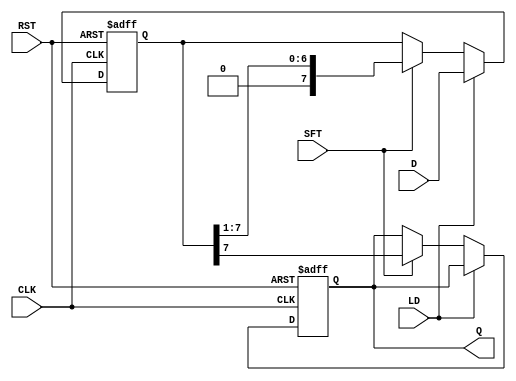
module PISO_Register #(
    parameter N = 8  // Number of bits in the register
)(
    input wire [N-1:0] D,   // Parallel input data
    input wire LD,          // Load signal
    input wire SFT,         // Shift signal
    input wire CLK,         // Clock signal
    input wire RST,         // Asynchronous reset signal
    output reg Q           // Serial output
);

    reg [N-1:0] shift_reg;  // Shift register to hold the data

    always @(posedge CLK or posedge RST) begin
        if (RST) begin
            // Asynchronous reset
            shift_reg <= {N{1'b0}}; // Clear the register
            Q <= 1'b0;              // Clear the output
        end else begin
            if (LD) begin
                // Load data into the shift register
                shift_reg <= D;
            end else if (SFT) begin
                // Shift data out
                Q <= shift_reg[N-1]; // Output the MSB
                shift_reg <= {1'b0, shift_reg[N-1:1]}; // Shift left
            end
        end
    end

endmodule